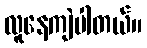
လူနေကျဲပါတယ်။